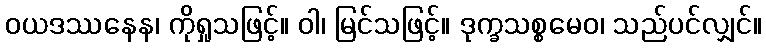
ဝယဒဿနေန၊ ကိုရှုသဖြင့်။ ဝါ၊ မြင်သဖြင့်။ ဒုက္ခသစ္စမေဝ၊ သည်ပင်လျှင်။